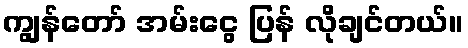
ကျွန်တော် အမ်းငွေ ပြန် လိုချင်တယ်။